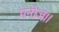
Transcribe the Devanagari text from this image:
मनोज।।